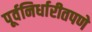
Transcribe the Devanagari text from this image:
पूर्वनिर्धारीतपणे